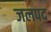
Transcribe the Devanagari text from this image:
जलपद